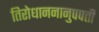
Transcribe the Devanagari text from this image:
तिरोधाननानुपपत्ती